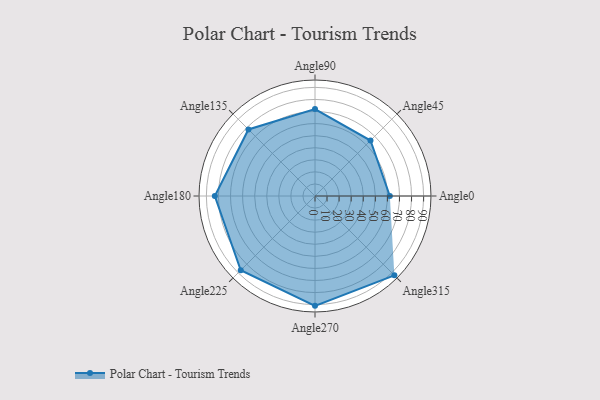
{"axis": {"x": "Angle", "y": "Radius"}, "legend": [""], "data": [{"x": "Angle0", "y": 62.0, "type": ""}, {"x": "Angle45", "y": 65.0, "type": ""}, {"x": "Angle90", "y": 72.0, "type": ""}, {"x": "Angle135", "y": 78.0, "type": ""}, {"x": "Angle180", "y": 83.0, "type": ""}, {"x": "Angle225", "y": 87.0, "type": ""}, {"x": "Angle270", "y": 91.0, "type": ""}, {"x": "Angle315", "y": 93.0, "type": ""}]}